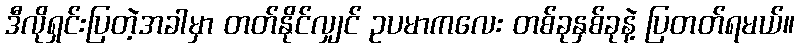
ဒီလိုရှင်းပြတဲ့အခါမှာ တတ်နိုင်လျှင် ဥပမာကလေး တစ်ခုနှစ်ခုနဲ့ ပြတတ်ရမယ်။